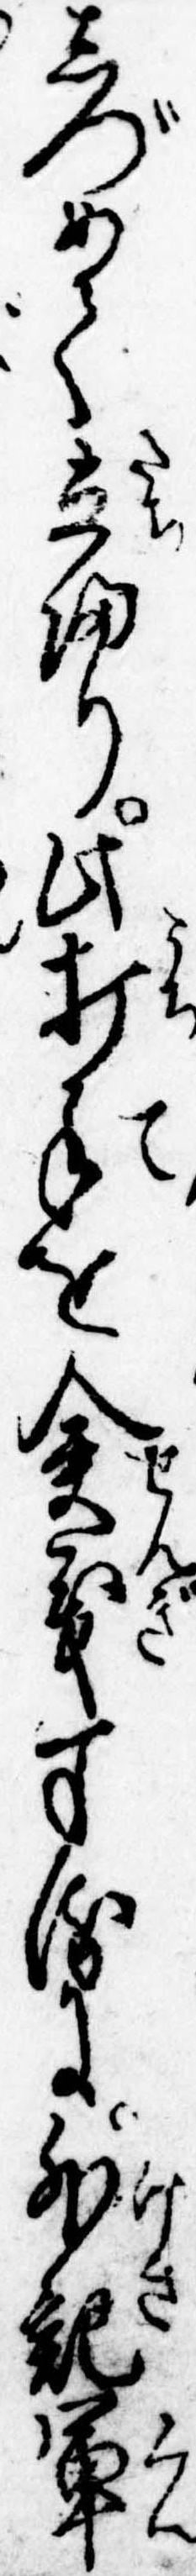
しづめて立帰り此打手を僉義するに外記軍